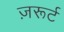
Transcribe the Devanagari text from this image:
ज़रूर्ट